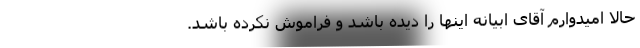
حالا امیدوارم آقای ابیانه اینها را دیده باشد و فراموش نکرده باشد.